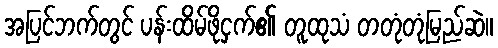
အပြင်ဘက်တွင် ပန်းထိမ်ဖိုငှက်၏ တူထုသံ တတုံတုံမြည်ဆဲ။